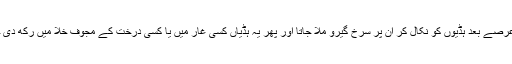
کچھ عرصے بعد ہڈیوں کو نکال کر ان پر سرخ گیرو ملا جاتا اور پھر یہ ہڈیاں کسی غار میں یا کسی درخت کے مجوف خلا میں رکھ دی جاتیں۔